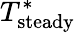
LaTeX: T_{\mathrm{steady}}^{\ast}